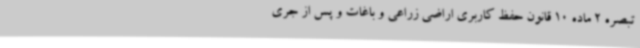
تبصره 2 ماده 10 قانون حفظ کاربری اراضی زراعی و باغات و پس از جری